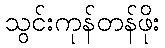
သွင်းကုန်တန်ဖိုး